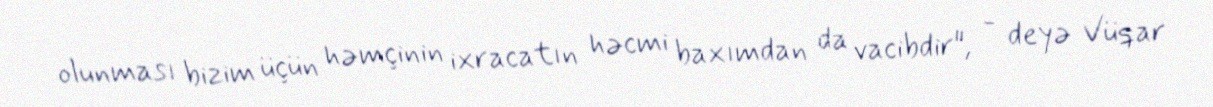
olunması bizim üçün həmçinin ixracatın həcmi baxımdan da vacibdir", - deyə Vüqar